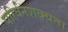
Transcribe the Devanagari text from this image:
परिर्वनशक्यता